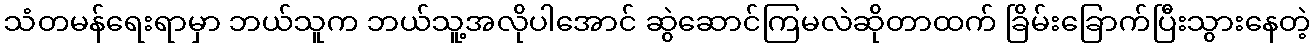
သံတမန်ရေးရာမှာ ဘယ်သူက ဘယ်သူ့အလိုပါအောင် ဆွဲဆောင်ကြမလဲဆိုတာထက် ခြိမ်းခြောက်ပြီးသွားနေတဲ့